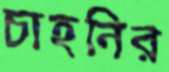
চাহনির